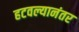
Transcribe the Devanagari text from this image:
हटवल्यानंतर